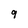
Character: 9